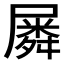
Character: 𡳞